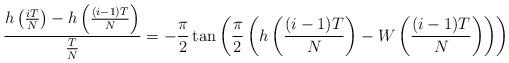
LaTeX: \begin{align*} \frac{h\left(\frac{iT}{N}\right)-h\left(\frac{(i-1)T}{N}\right)}{\frac{T}{N}} =-\frac{\pi}{2}\tan\left(\frac{\pi}{2}\left(h\left(\frac{(i-1)T}{N}\right) -W\left(\frac{(i-1)T}{N}\right)\right)\right)\end{align*}